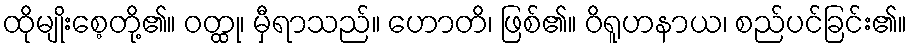
ထိုမျိုးစေ့တို့၏။ ဝတ္ထု၊ မှီရာသည်။ ဟောတိ၊ ဖြစ်၏။ ဝိရူဟနာယ၊ စည်ပင်ခြင်း၏။